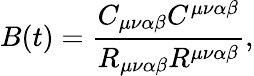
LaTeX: B(t)=\frac{C_{\mu\nu\alpha\beta}C^{\mu\nu\alpha\beta}}{R_{\mu\nu\alpha\beta}R^{\mu\nu\alpha\beta}},